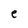
Character: e